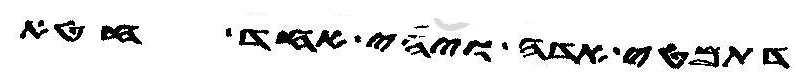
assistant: דתמטי אדה ויהי אחד חטא